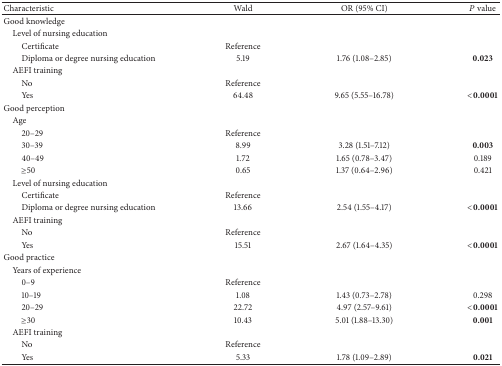
| Characteristic | Wald | OR (95% CI) | P value |
 | --- | --- | --- | --- |
 | Good knowledge |  |  |  |
 | Level of nursing education |  |  |  |
 | Certificate | Reference |  |  |
 | Diploma or degree nursing education | 5.19 | 1.76 (1.08–2.85) | 0.023 |
 | AEFI training |  |  |  |
 | No | Reference |  |  |
 | Yes | 64.48 | 9.65 (5.55–16.78) | <0.0001 |
 | Good perception |  |  |  |
 | Age |  |  |  |
 | 20–29 | Reference |  |  |
 | 30–39 | 8.99 | 3.28 (1.51–7.12) | 0.003 |
 | 40–49 | 1.72 | 1.65 (0.78–3.47) | 0.189 |
 | ≥50 | 0.65 | 1.37 (0.64–2.96) | 0.421 |
 | Level of nursing education |  |  |  |
 | Certificate | Reference |  |  |
 | Diploma or degree nursing education | 13.66 | 2.54 (1.55–4.17) | <0.0001 |
 | AEFI training |  |  |  |
 | No | Reference |  |  |
 | Yes | 15.51 | 2.67 (1.64–4.35) | <0.0001 |
 | Good practice |  |  |  |
 | Years of experience |  |  |  |
 | 0–9 | Reference |  |  |
 | 10–19 | 1.08 | 1.43 (0.73–2.78) | 0.298 |
 | 20–29 | 22.72 | 4.97 (2.57–9.61) | <0.0001 |
 | ≥30 | 10.43 | 5.01 (1.88–13.30) | 0.001 |
 | AEFI training |  |  |  |
 | No | Reference |  |  |
 | Yes | 5.33 | 1.78 (1.09–2.89) | 0.021 |